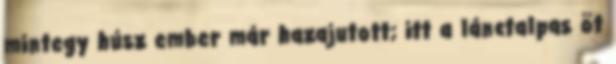
mintegy húsz ember már hazajutott; itt a lánctalpas öt